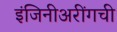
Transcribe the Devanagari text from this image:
इंजिनीअरींगची